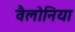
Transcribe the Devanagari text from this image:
वैलोनिया